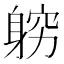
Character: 𲄢